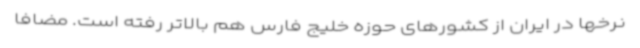
نرخها در ایران از کشورهای حوزه خلیج فارس هم بالاتر رفته است. مضافا